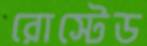
রোস্টেড